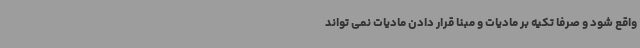
واقع شود و صرفاً تکیه بر مادیات و مبنا قرار دادن مادیات نمی تواند